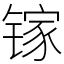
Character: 镓